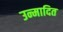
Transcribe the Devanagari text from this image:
उन्मादित